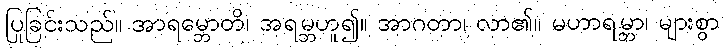
ပြုခြင်းသည်။ အာရမ္ဘောတိ၊ အရမ္ဘဟူ၍။ အာဂတာ၊ လာ၏။ မဟာရမ္ဘာ၊ များစွာ